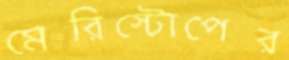
মেরিস্টোপের